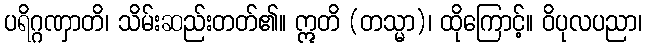
ပရိဂ္ဂဏှာတိ၊ သိမ်းဆည်းတတ်၏။ ဣတိ (တသ္မာ)၊ ထိုကြောင့်။ ဝိပုလပညာ၊